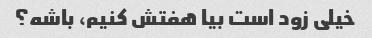
خیلی زود است بیا هفتش کنیم، باشه؟